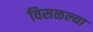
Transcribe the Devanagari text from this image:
विसळल्या